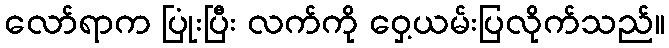
လော်ရာက ပြုံးပြီး လက်ကို ဝှေ့ယမ်းပြလိုက်သည်။